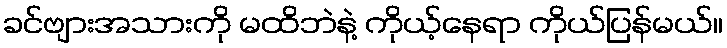
ခင်ဗျားအသားကို မထိဘဲနဲ့ ကိုယ့်နေရာ ကိုယ်ပြန်မယ်။